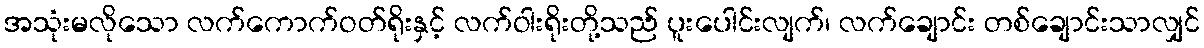
အသုံးမလိုသော လက်ကောက်ဝတ်ရိုးနှင့် လက်ဝါးရိုးတို့သည် ပူးပေါင်းလျက်၊ လက်ချောင်း တစ်ချောင်းသာလျှင်